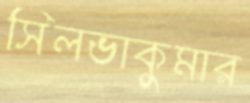
সিলভাকুমার